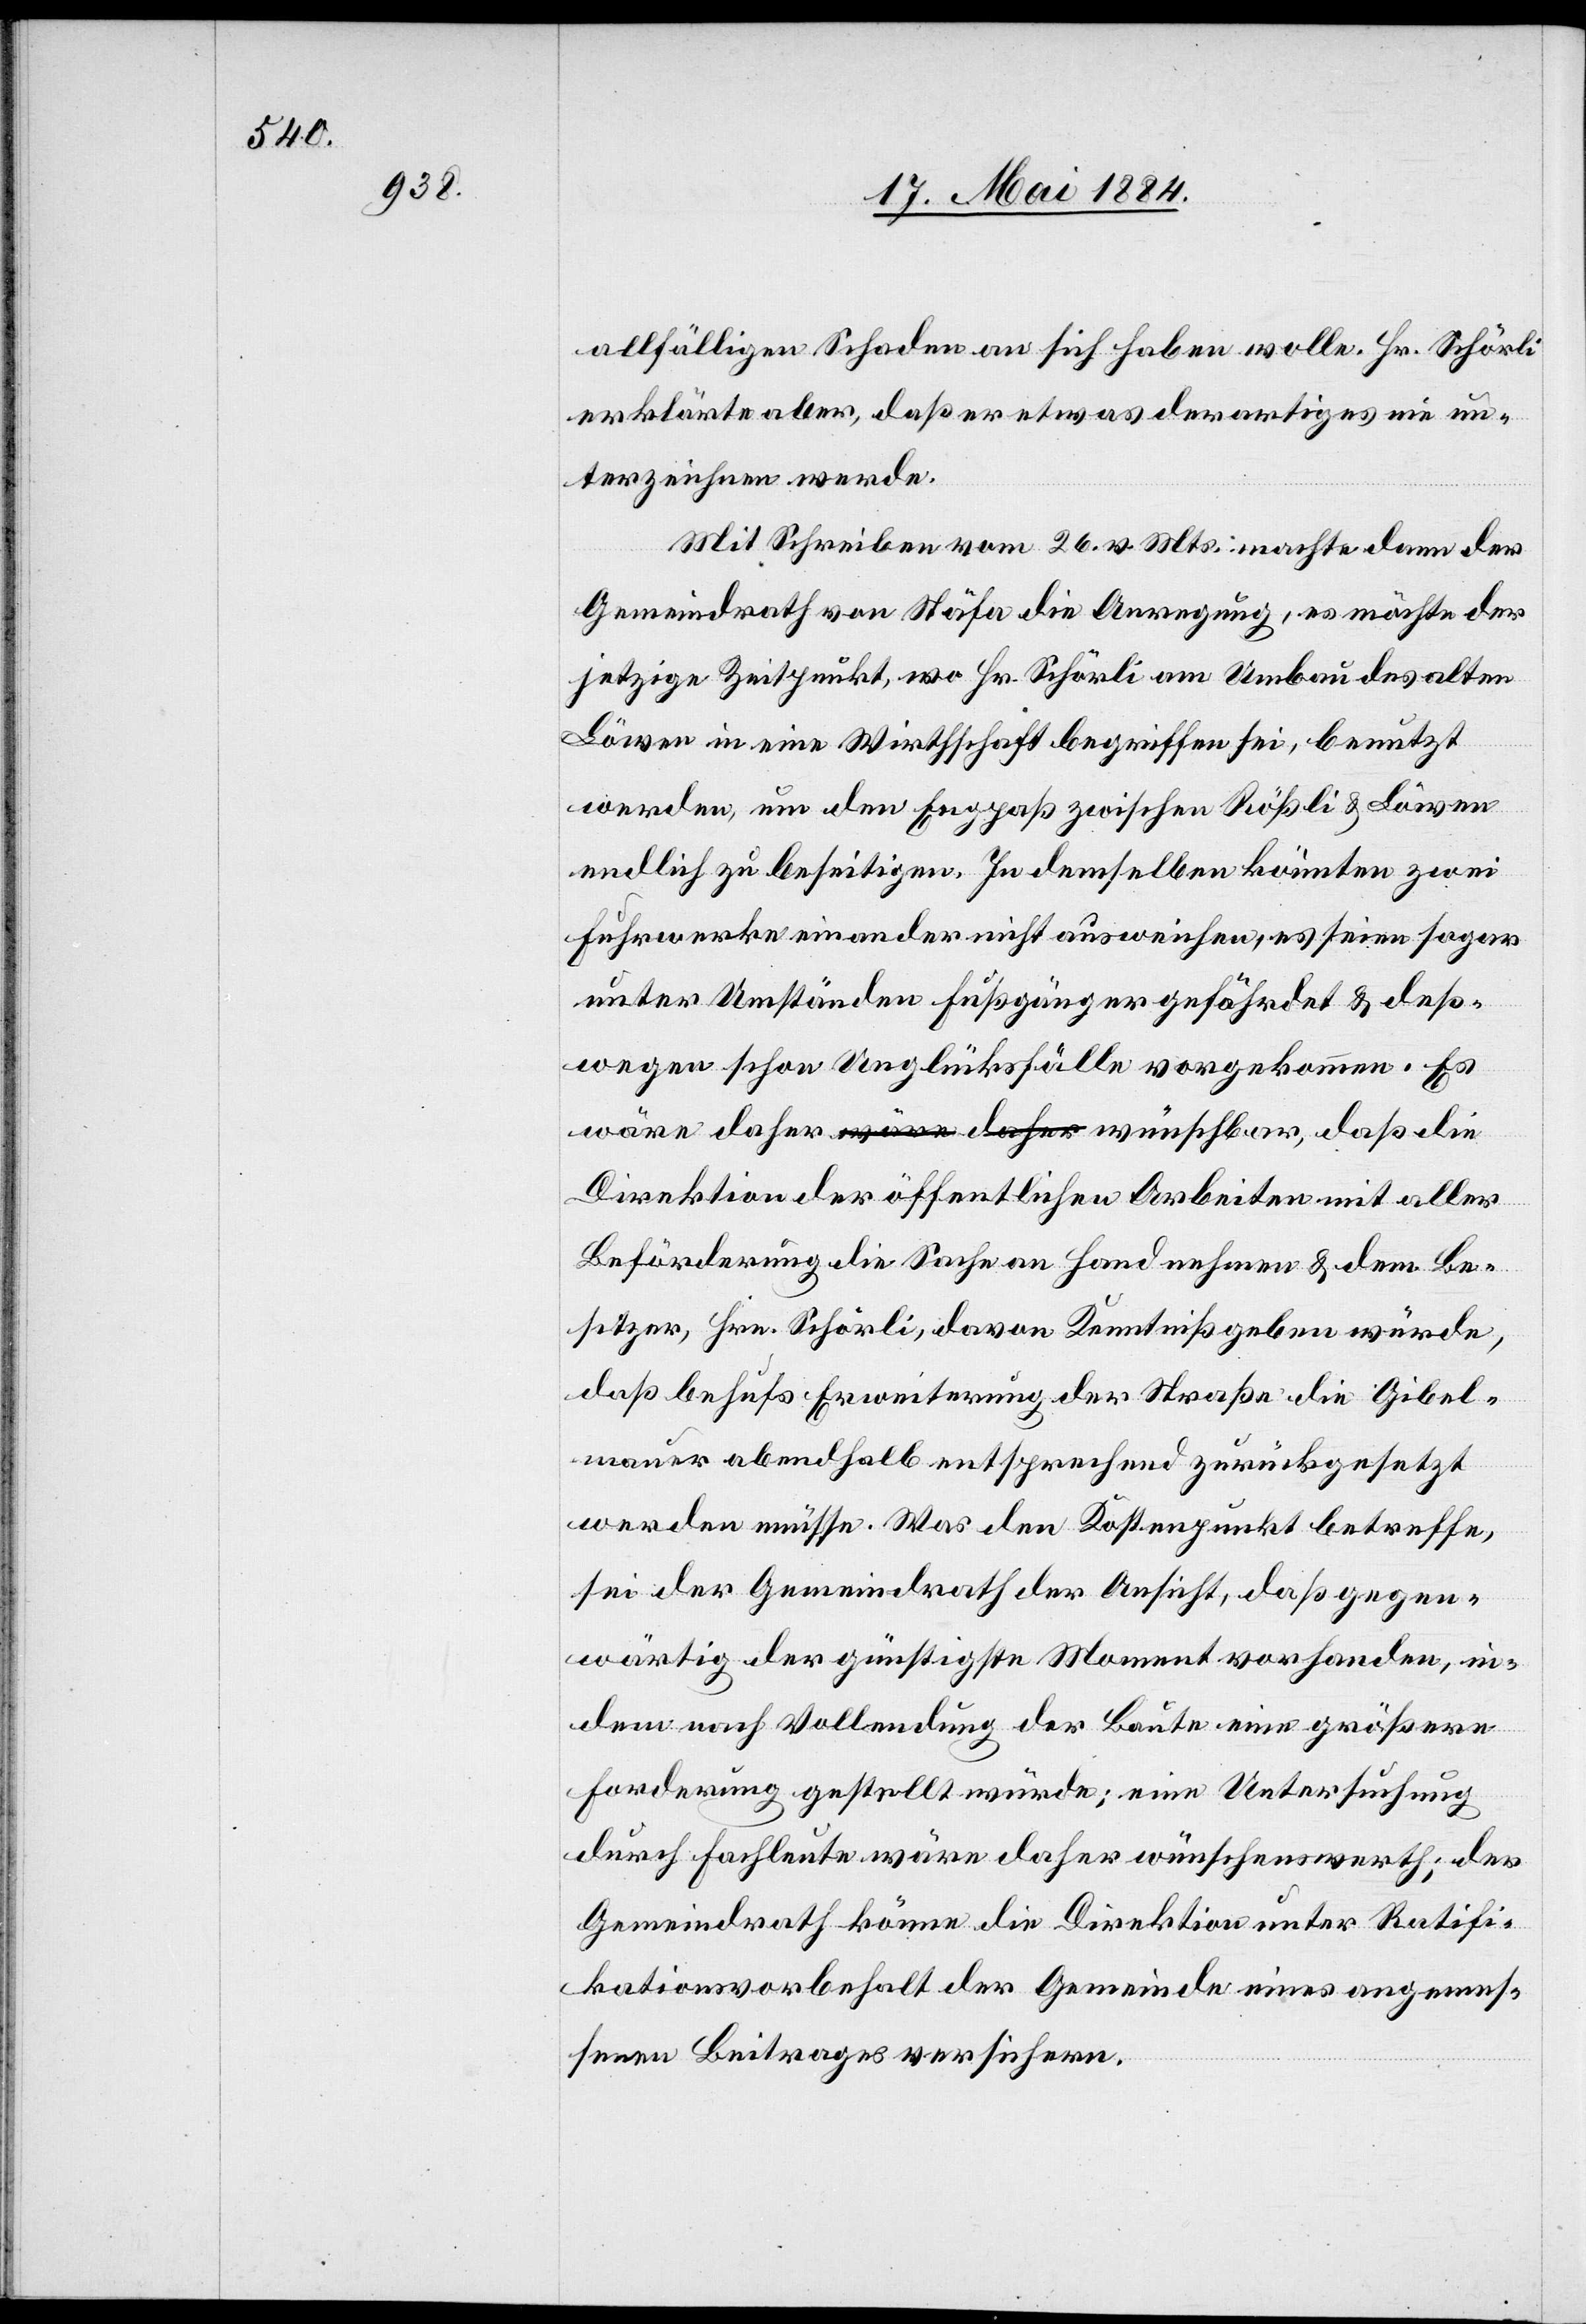
allfälligen Schaden an sich haben wolle. Hr. Schörli
erklärte aber, daß er etwas derartiges nie un¬
terzeichnen werde.
Mit Schreiben vom 26. v. Mts. machte dann der
Gemeindrath von Stäfa die Anregung, es möchte der
jetzige Zeitpunkt, wo Hr. Schörli am Umbau des alten
Löwen in eine Wirtschaft begriffen sei, benutzt
werden, um den Engpaß zwischen Rößli & Löwen
endlich zu beseitigen. In demselben könnten zwei
Fuhrwerke einander nicht ausweichen, es seine sogar
unter Umständen Fußgänger gefährdet & deß¬
wegen schon Unglücksfälle vorgekommen. Es
Direktion der öffentlichen Arbeiten mit aller
Beförderung die Sache an Hand nehme & dem Be¬
sitzer, Hrn. Schörli, davon Kenntniß geben würde,
daß behufs Erweiterung der Straße die Gibel¬
mauer abendhalb entsprechend zurückgesetzt
werden müsse. Was den Kostenpunkt betreffe,
sei der Gemeindrath der Ansicht, daß gegen¬
wärtig der günstige Moment vorhanden, in¬
dem nach Vollendung der Baute eine größere
Forderung gestellt würde; eine Untersuchung
durch Fachleute wäre daher wünschenswert; der
Gemeindrath könne die Direktion unter Ratifi¬
kationsvorbehalt der Gemeinde eines angemes¬
senen Beitrages versichern.